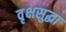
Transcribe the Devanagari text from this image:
वृक्षसुद्धा